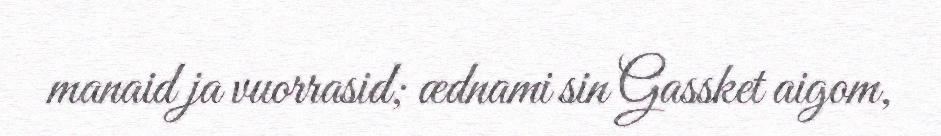
manaid ja vuorrasid; ædnami sin Gassket aigom,